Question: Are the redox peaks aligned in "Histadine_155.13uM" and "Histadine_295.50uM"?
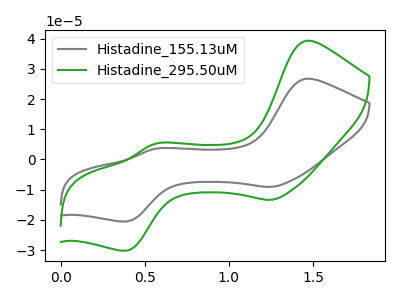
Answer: <think>The gray curve "Histadine_155.13uM" has anodic peaks at (1.45V, 26.70uA) (0.55V, 3.50uA) and cathodic peaks at (1.25V, -9.05uA) (0.40V, -20.50uA). The green curve "Histadine_295.50uM" has anodic peaks at (1.45V, 39.30uA) (0.55V, 5.15uA) and cathodic peaks at (1.25V, -13.35uA) (0.40V, -30.15uA).</think>
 <answer>Yes, "Histadine_155.13uM" have a peak in "Histadine_295.50uM" at the same potential.</answer>
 <eval>match</eval>